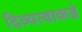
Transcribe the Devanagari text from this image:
दिव्यत्वाकडे